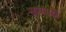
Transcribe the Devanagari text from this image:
सायागयी